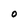
Character: O